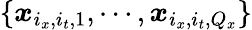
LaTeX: \{ \boldsymbol{x}_{i_{x},i_{t},1},\cdots,\boldsymbol{x}_{i_{x},i_{t},Q_{x}}\}